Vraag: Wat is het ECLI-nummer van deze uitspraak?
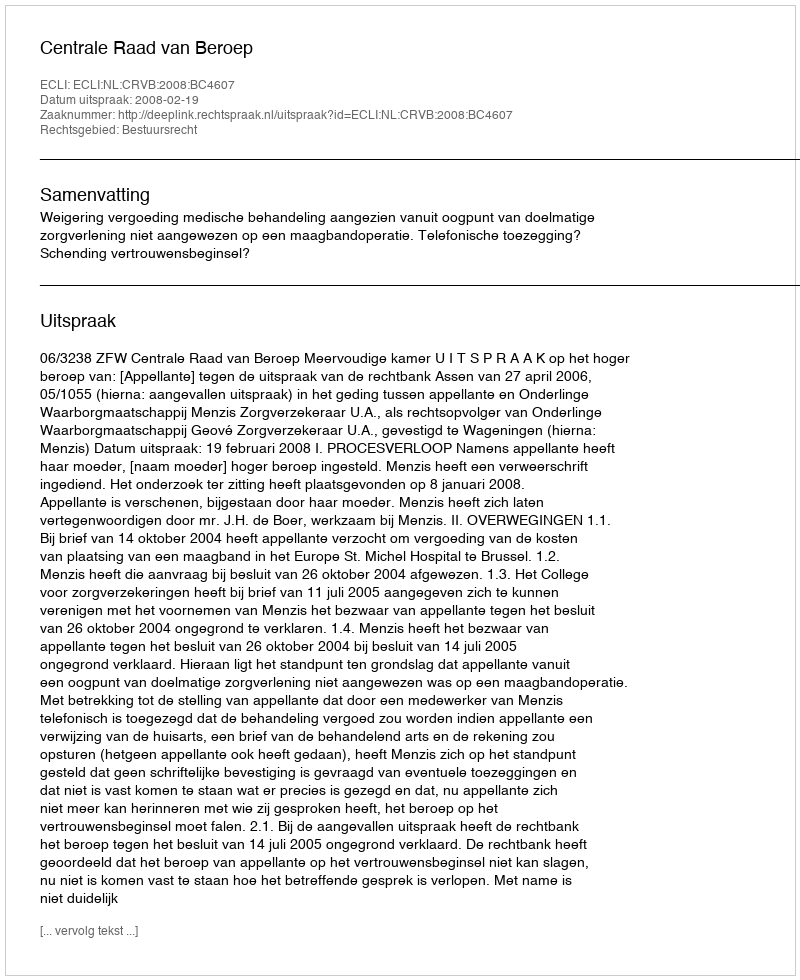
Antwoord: ECLI:NL:CRVB:2008:BC4607